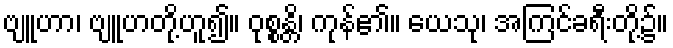
ဗျူဟာ၊ ဗျူဟတို့ဟူ၍။ ဝုစ္စန္တိ၊ ကုန်၏။ ယေသု၊ အကြင်ခရီးတို့၌။